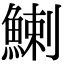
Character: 鯻